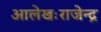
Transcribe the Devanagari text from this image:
आलेखःराजेन्द्र